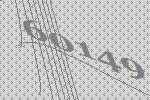
60149